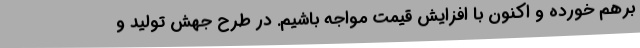
برهم خورده و اکنون با افزایش قیمت مواجه باشیم. در طرح جهش تولید و